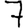
Digit: 7